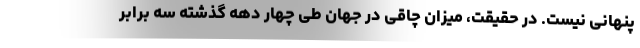
پنهانی نیست. در حقیقت، میزان چاقی در جهان طی چهار دهه گذشته سه برابر